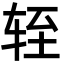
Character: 轾